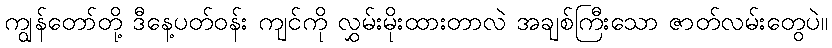
ကျွန်တော်တို့ ဒီနေ့ပတ်ဝန်း ကျင်ကို လွှမ်းမိုးထားတာလဲ အချစ်ကြီးသော ဇာတ်လမ်းတွေပဲ။